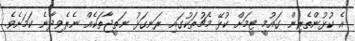
އެ ކުޅުންތެރިން ގައުމީ ޓީމަށް ކުޅޭ މެޗުތަކުގައި ރަނގަޅު ނަތީޖާތަކެއް ނެރެވިދާނެ ކަމަށެވެ.